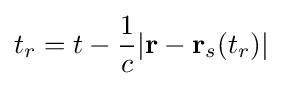
t_{r}=t-{\frac {1}{c}}|\mathbf {r} -\mathbf {r} _{s}(t_{r})|